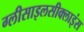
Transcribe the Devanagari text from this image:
ग्लीसाइलसीक्लाइंस